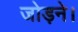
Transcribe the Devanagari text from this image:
जोड़ने।